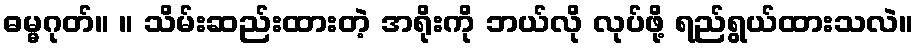
ဓမ္မဂုတ်။ ။ သိမ်းဆည်းထားတဲ့ အရိုးကို ဘယ်လို လုပ်ဖို့ ရည်ရွယ်ထားသလဲ။